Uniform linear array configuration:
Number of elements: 48
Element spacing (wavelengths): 0.25
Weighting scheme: exponential
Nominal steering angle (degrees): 0
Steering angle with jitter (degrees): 1.512
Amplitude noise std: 0.05
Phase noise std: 0.05

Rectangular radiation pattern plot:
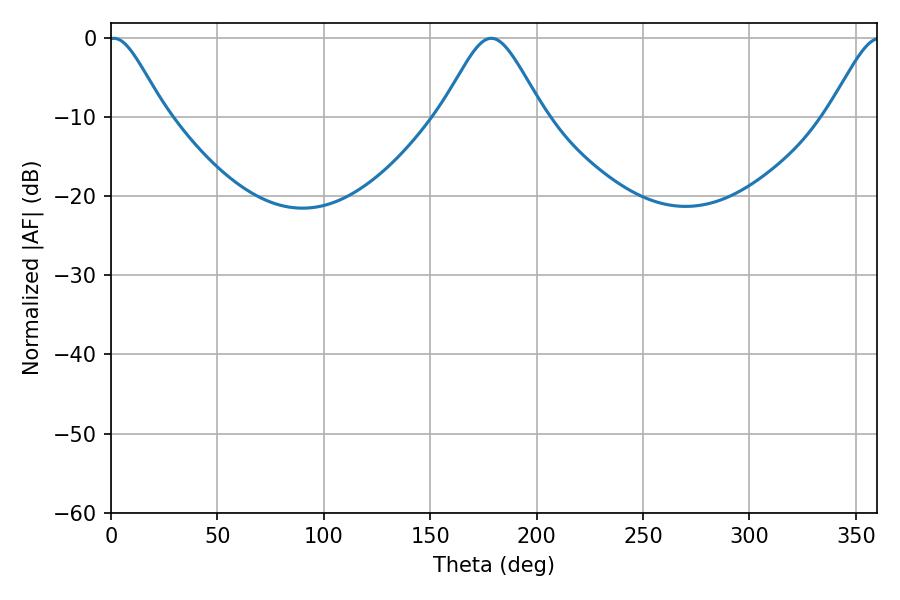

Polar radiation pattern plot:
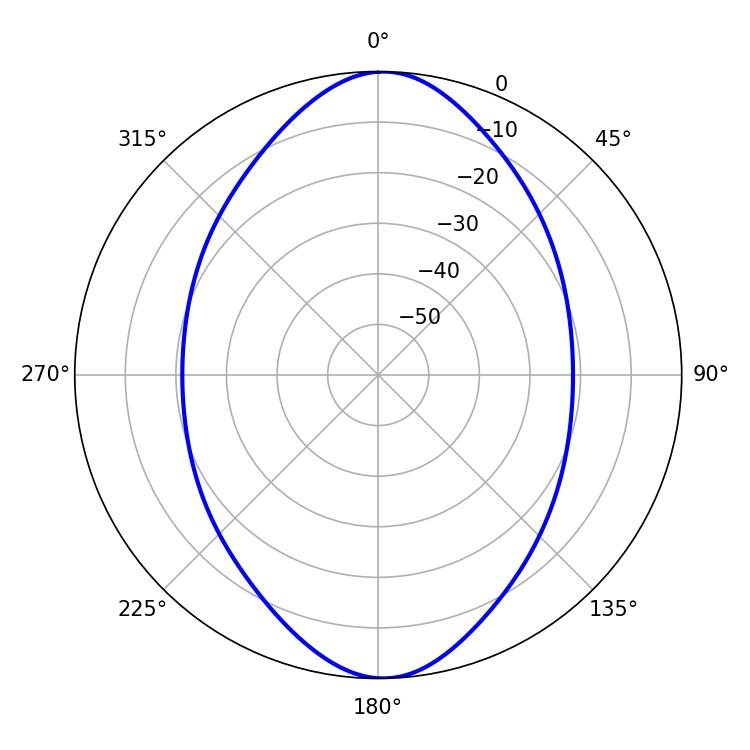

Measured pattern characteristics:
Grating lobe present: FALSE
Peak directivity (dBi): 20.032
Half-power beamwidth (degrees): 12.96
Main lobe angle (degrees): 1.26